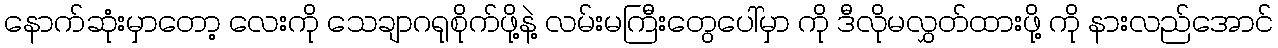
နောက်ဆုံးမှာတော့ လေးကို သေချာဂရုစိုက်ဖို့နဲ့ လမ်းမကြီးတွေပေါ်မှာ ကို ဒီလိုမလွှတ်ထားဖို့ ကို နားလည်အောင်